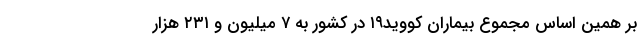
بر همین اساس مجموع بیماران کووید۱۹ در کشور به ۷ میلیون و ۲۳۱ هزار